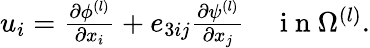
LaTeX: \begin{array}{r}{u_{i}=\frac{\partial\phi^{(l)}}{\partial x_{i}}+e_{3ij}\frac{\partial\psi^{(l)}}{\partial x_{j}}\quad\mathrm{~i~n~}\Omega^{(l)}.}\end{array}